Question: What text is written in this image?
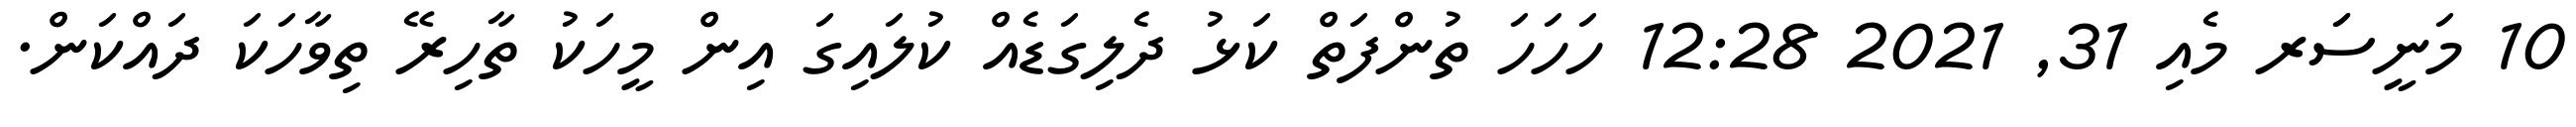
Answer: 10 މަނީސަަރ މެއި 31, 2021 12:28 ހަހަހަ ތުންފަތް ކަޅު ދެލިގަޑެއް ކުލައިގަ އިން މީހަކު ތާހިރޭ ތިވާހަކަ ދައްކަން.